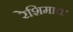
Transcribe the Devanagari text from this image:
रेशिमाचा